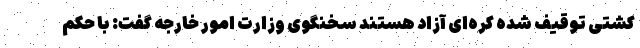
کشتی توقیف شده کره‌ای آزاد هستند سخنگوی وزارت امور خارجه گفت: با حکم